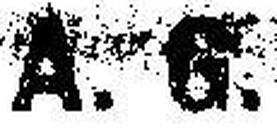
A. 6.